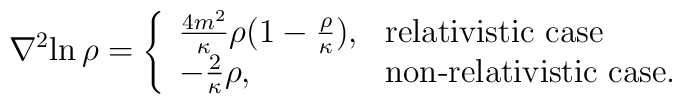
{{\nabla}^2} {\ln{\rho}} =  \left\{ \begin{array}{ll}  {4m^2 \over \kappa } \rho {( 1 - {\rho \over \kappa})}, & \mbox{relativistic case}  \cr  - {2 \over \kappa } \rho , & \mbox{non-relativistic case.}  \end{array} \right.